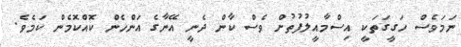
ނަމަވެސް ހަގީގަތަކީ އިސްމާއީލުފުތުށް ވެސް ކާން ދެނީ އޭނާގެ އަންހެން ކޮއްކޮމެން ކަމެވެ.